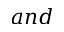
a n d